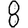
Digit: 8